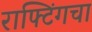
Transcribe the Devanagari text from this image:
राफ्टिंगचा